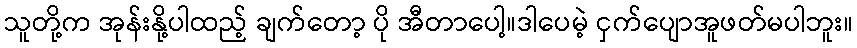
သူတို့က အုန်းနို့ပါထည့် ချက်တော့ ပို အီတာပေါ့။ဒါပေမဲ့ ငှက်ပျောအူဖတ်မပါဘူး။